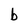
Character: b